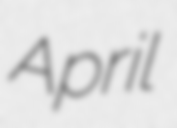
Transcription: April